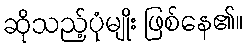
ဆိုသည့်ပုံမျိုး ဖြစ်နေ၏။